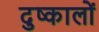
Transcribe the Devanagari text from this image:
दुष्कालों